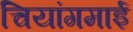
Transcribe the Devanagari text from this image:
चियांगमाई